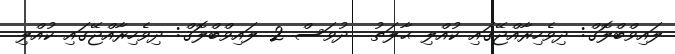
ލައިވްބްލޮގް: ދިވެހިރާއްޖޭގައި ކުއްލި ޙާލަތު  ދުވަސް 2 ލައިވްބްލޮގް: ދިވެހިރާއްޖޭގައި ކުއްލި